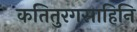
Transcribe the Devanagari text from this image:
कतितुरगसाहिनि